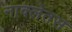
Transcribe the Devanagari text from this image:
नाक्लेतस